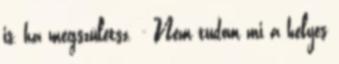
is, ha megszületsz. - Nem tudom mi a helyes